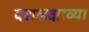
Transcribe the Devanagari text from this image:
दशलक्षाव्या